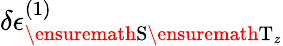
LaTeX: \delta\epsilon_{\ensuremath{\mathrm{S}}\ensuremath{\mathrm{T}}_{z}}^{(1)}